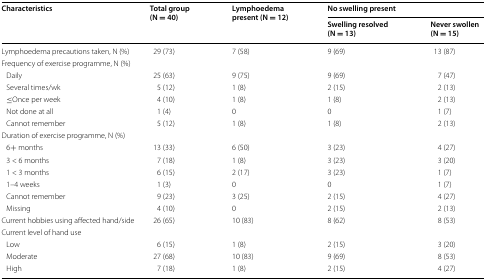
| <ROWSPAN=2> Characteristics | <ROWSPAN=2> Total group (N = 40) | <ROWSPAN=2> Lymphoedema present (N = 12) | <COLSPAN=2> No swelling present |
 | Swelling resolved (N = 13) | Never swollen (N = 15) |
 | --- | --- | --- | --- | --- |
 | Lymphoedema precautions taken, N (%) | 29 (73) | 7 (58) | 9 (69) | 13 (87) |
 | <COLSPAN=5> Frequency of exercise programme, N (%) |
 | Daily | 25 (63) | 9 (75) | 9 (69) | 7 (47) |
 | Several times/wk | 5 (12) | 1 (8) | 2 (15) | 2 (13) |
 | ≤Once per week | 4 (10) | 1 (8) | 1 (8) | 2 (13) |
 | Not done at all | 1 (4) | 0 | 0 | 1 (7) |
 | Cannot remember | 5 (12) | 1 (8) | 1 (8) | 2 (13) |
 | <COLSPAN=5> Duration of exercise programme, N (%) |
 | 6+ months | 13 (33) | 6 (50) | 3 (23) | 4 (27) |
 | 3 < 6 months | 7 (18) | 1 (8) | 3 (23) | 3 (20) |
 | 1 < 3 months | 6 (15) | 2 (17) | 3 (23) | 1 (7) |
 | 1–4 weeks | 1 (3) | 0 | 0 | 1 (7) |
 | Cannot remember | 9 (23) | 3 (25) | 2 (15) | 4 (27) |
 | Missing | 4 (10) | 0 | 2 (15) | 2 (13) |
 | Current hobbies using affected hand/side | 26 (65) | 10 (83) | 8 (62) | 8 (53) |
 | <COLSPAN=5> Current level of hand use |
 | Low | 6 (15) | 1 (8) | 2 (15) | 3 (20) |
 | Moderate | 27 (68) | 10 (83) | 9 (69) | 8 (53) |
 | High | 7 (18) | 1 (8) | 2 (15) | 4 (27) |